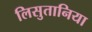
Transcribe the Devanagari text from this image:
लिसुतानिया